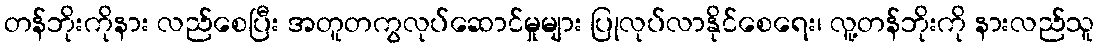
တန်ဘိုးကိုနား လည်စေပြီး အတူတကွလုပ်ဆောင်မှုများ ပြုလုပ်လာနိုင်စေရေး၊ လူ့တန်ဘိုးကို နားလည်သူ